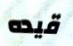
قيده